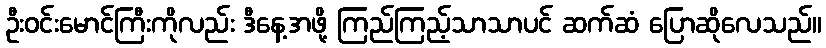
ဦးဝင်းမောင်ကြီးကိုလည်း ဒီနေ့အဖို့ ကြည်ကြည့်သာသာပင် ဆက်ဆံ ပြောဆိုလေသည်။